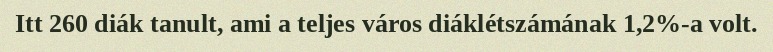
Itt 260 diák tanult, ami a teljes város diáklétszámának 1,2%-a volt.